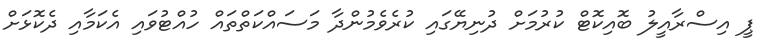
ޕީ އިސްރާއީލު ބޮއިކޮޓް ކުރުމަށް ދުނިޔޭގައި ކުރެވެމުންދާ މަސައްކަތްތައް ހުއްޓުވައި އެކަމާއި ދެކޮޅަށް